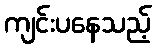
ကျင်းပနေသည့်